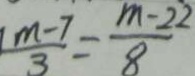
\frac { m - 7 } { 3 } = \frac { m - 2 2 } { 8 }